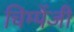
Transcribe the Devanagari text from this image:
चिम्पेंजी